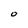
Character: O